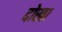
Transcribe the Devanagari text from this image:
दोखा